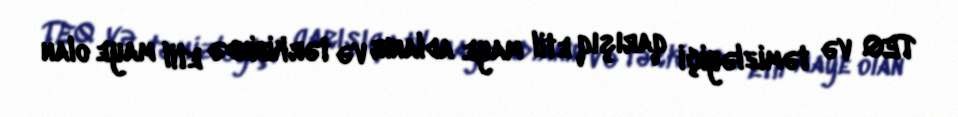
TEQ və təmizləyiçi qarışıq etil maye adlanır və tərkibində etil maye olan